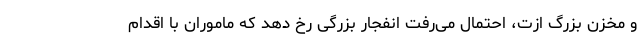
و مخزن بزرگ ازت، احتمال می‌رفت انفجار بزرگی رخ دهد که ماموران با اقدام